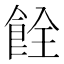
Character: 𫗐